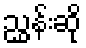
ညွှန်းဆို